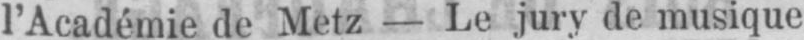
l’Académie de Metz - Le jury de musique